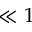
\ll 1